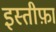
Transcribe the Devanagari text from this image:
इस्‍तीफ़ा